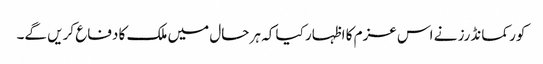
کور کمانڈرز نے اس عزم کا اظہار کیا کہ ہر حال میں ملک کا دفاع کریں گے۔